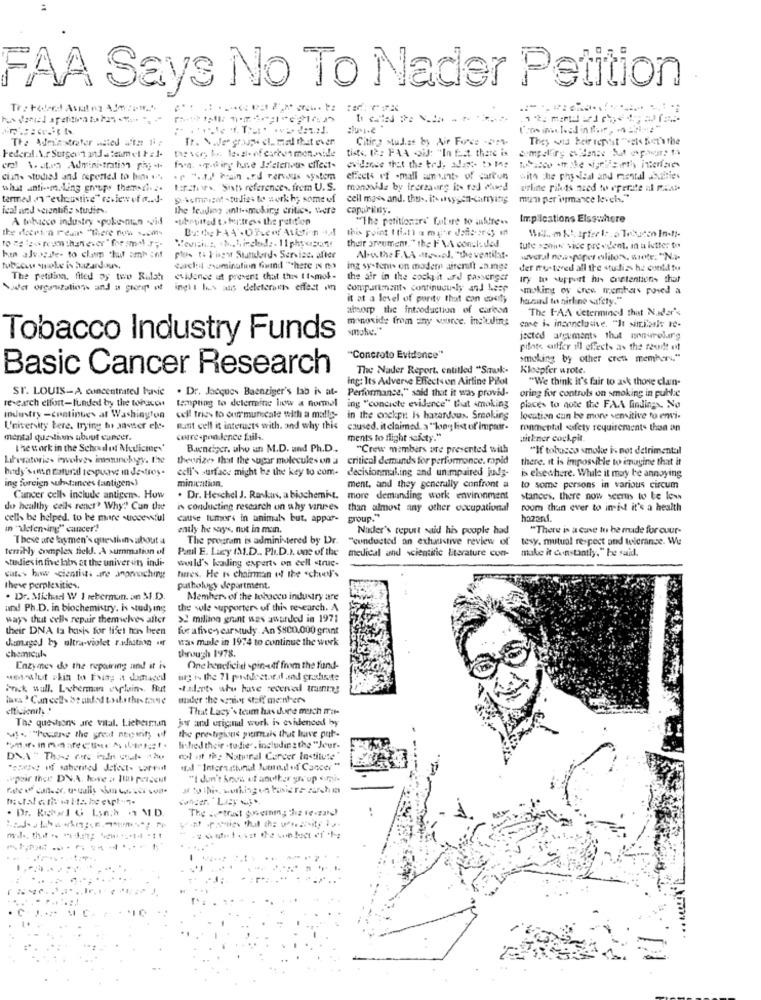
FAA Says No To Nader Petition
:lu.i.e
The Adminstrater anted ata 1ir
Tr. \We groupe ch. med that ever
Citing Mud.ze by Air Force -om.
They wid heir repost "et Set's the
tas ser b. le. al- of carbon men.nile
Federal A.r Surgery and a team el tz 1.
tist, 12: FAA OiJ: "In Est. there is
eral \ atro Administration php -t-
evidence that the ted, alest- b Ine
cians studiel and reported to bins ..
. " ... ) brain .E.d rervous system
effects of -mall amunt of carton
with the physical and mental .bothties
what anti -- maling groups theredi ...
tarifis, Sists references. frem U.S.
monoside by frereading in red Wused
airline rikets need to operate al mens
termed n "exhaustive" review of a ....
9-4cmrist -tudies to work hy some of
cell mass and. thus. itvonsygen-carrying
mum per inmance levels."
ical and scientific studies.
the leading anti-muking critics, were
capariiny.
A tobacco industry -pulse-nan -vid
submitted to fourstress the petition
"The petitionare' future to altrees
Implications Elsewhere
the dcert'n real "there now ... my
their argument." the FAA conch. ded.
tute soniw vice president, in a letter to
hen alvosife- to cham char amb inf
Aluthe F.VA .ttes.el. "the ventilat.
several newspaper elliloss, wrote: "Na-
carchit nomination fund "there is no
ing sy-tenis on madem aireraft an.inge
der mu- toved all the studis- h. cont. tu
The petition, fited Dy two Rulsh
idones ut present that this It-mok-
the air in the cockpit ard passenger
try to support his contentions that
Sudo organizations and a group of ingit has ans deleterares effect in
compartments continuously and Nese
smoking oy cree membas poied a
it at a level of purity that can cosity
hard to nirline safety."
atbsoup the introduction of carinea
The FAA determined that Nadar's
monoxide from any wsurce, including
case is inconclusive. "It siniaals re-
Tobacco Industry Funds
jected arguments thut nonvrelang
pilote atffer ill effects as the rest of
"Concroto Evidence"
smoking by other creta members."
Basic Cancer Research
The Nader Report, entitled "Smk.
Kloepfer wrote.
ing: Its Adverse Effects on Airline Pilot
"We think it's fair to ask those clan-
ST. LOUIS-A concentrated hasie
. Dr. Jacques Baenziger's lab is at-
Performance," said that it was provid-
oring for controls on smoking in pulirle
research elfort-funded by the torscon
tempting to determine how a normal ing "concicte evidence" that smoking
places to note the FAA findings, No
industry -continues at Washington
industry -continues at Washington ook! tries to communicate with a malle- in the cockpit Is hazardous. Smoking
in the cockpit Is hazardous. Smoking
location can be more sensitive to emi-
University tere. trying to anvser ele-
Bunt cell it interacts with, and why this caused. it claimed. a "long list of impair-
ronmental safety requirements than an
mental questions about cupcer.
correspondence fails.
ments to flight safety."
uitkner cockpit.
The work in the Schod of Medicine.'
Banciger. ulo un M.D. and Ph.D ..
"Crew members are presented with
"If tobacco smoke is not detrimental
Liberatories Pwolves imazunebogy. the
theorizes that the sugar molecules on a
critical demands for performance. rapid
there. it is impossible to imagine that it
body'sun natural tespuanve in destroy.
cell's surface might be the key to com-
decisionmal.ing and unimpaired judy-
is elsewhere. While it may be annoying
ing foreign substances (antigen-)
minication.
ment, and they generally confront a
to some persons in various circum
Cancer cells include antigen. How
. Dr. Heschel J. Raskuns, a biochemist, more demanding work environment
stances, there now seems to be low
du healthy cells renet? Why"! Can the
in conducting research on why vannes than almost any other occupational
than almost any other occupational
room than ever to inidt it's a health
cell be helped, to be more successful
cause tumors in animals but, appar-
group."
hazard.
in "wefen ing" cancer'?
ently he says, not in mann.
Nader's repurt said his people had
"There is a case to be rude for cour-
These are laymen's questhins about a
The program is administered by Dr.
"conducted an exhaustive review of
tesy. mutual respect and tolerance. Wu
terribly complex field. A summation of
Paul E. Lucy (I.D ., Ph.D.). one of the
medical and scientific literature con-
make it constantly." he said.
studies in five labs at the university indi-
world's kading experts on cell struc-
cut. howw scientists are anonuching
fures. He is chairman of the school's
theve perplexities.
putholugy department.
. Dr. Michael W 1 rebernun. an M.D.
Member of the tobacco industry are
and Ph.D. in biochemistry. is studying
the sole supporters of this research. A
ways thut cells repair themselves aller
>2 million grunt was awarded in 1971
their DNA ta basis for liset hon been
furafive-yearstudy. An $800.000 grant
Jumaged by ultra-violet radiation of
was maale in 1974 to continue the work
chemicals
through 1978.
Enzymes do the repairing and it is
One beneficial spinaf from the fund-
wet-slut skin to Fsiny it damaged
ing is the 71 pontdectar.d .and graduate
brick wall. Leherman explains. But
-talets shu have received training
madder the wzaier staff meinbers
That Lacy's team has dure much mit-
The queshons are vital. Lieberman
jo and urigml work is evidenced by
wis "Pressing the great negenty of
the prestigious pumais that have put-
lished their .tudie". including the "Jour-
rol ut re: Natural Cancer Institute"
"I don't kova of anulter group mi-
The s."trust greermn; va ve .zae)